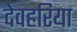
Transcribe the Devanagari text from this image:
देवहरिया